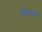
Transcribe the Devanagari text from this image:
स्नेहको